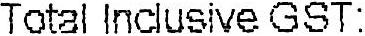
TOTAL INCLUSIVE GST: